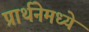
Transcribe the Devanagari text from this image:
प्रार्थनेमध्ये